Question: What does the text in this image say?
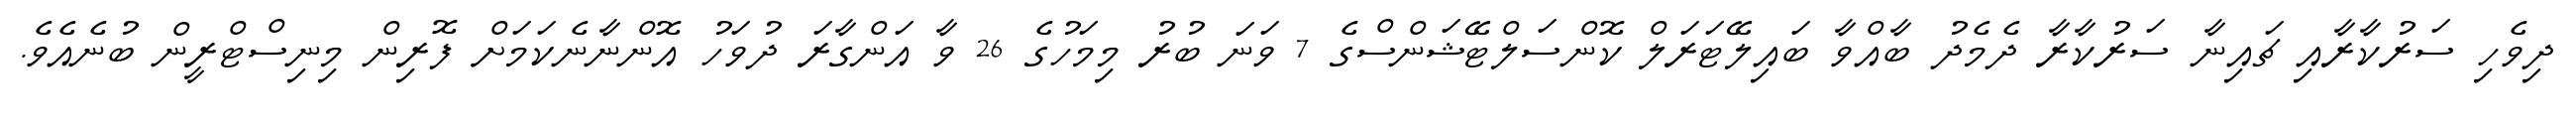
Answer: ދިވެހި ސަރުކާރާއި ޗައިނާ ސަރުކާރާ ދެމެދު ބާއްވާ ބައިލޭޓަރަލް ކޮންސަލްޓޭޝަންސްގެ 7 ވަނަ ބުރު މިމަހުގެ 26 ވާ އަންގާރަ ދުވަހު އޮންނާނެކަމަށް ފޮރިން މިނިސްޓްރީން ބުނެއެވެ.